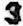
3